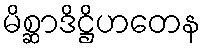
မိစ္ဆာဒိဋ္ဌိဟတေန